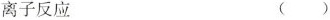
离子反应 ()